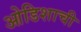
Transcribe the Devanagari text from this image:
ओडिशाची